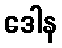
ဒေါန